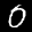
Label: 0